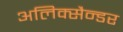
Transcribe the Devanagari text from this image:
अलिक्सैन्डर